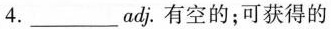
4.______adj.有空的；可获得的